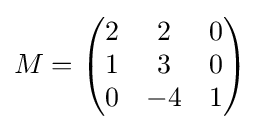
M={\begin{pmatrix}2&2&0\\1&3&0\\0&-4&1\end{pmatrix}}